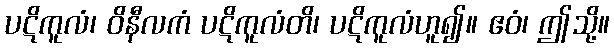
ပဋိကူလံ၊ ဝိနီလကံ ပဋိကူလံတိ၊ ပဋိကူလံဟူ၍။ ဧဝံ၊ ဤသို့။